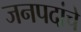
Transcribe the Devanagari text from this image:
जनपदांचे